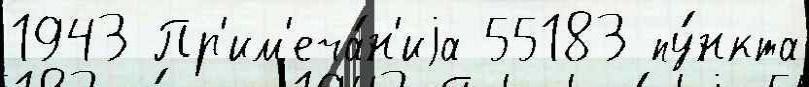
1943 Пр'им'еча́н'иjа 55183 пу́нкта